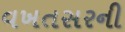
વખતસરની